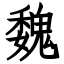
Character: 魏